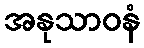
အနုသာဝနံ